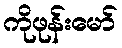
ကိုဖုန်းမော်